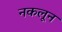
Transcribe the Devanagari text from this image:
नकलून